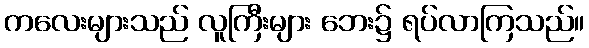
ကလေးများသည် လူကြီးများ ဘေး၌ ရပ်လာကြသည်။